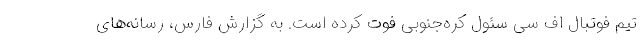
تیم فوتبال اف سی سئول کره‌جنوبی فوت کرده است. به گزارش فارس، رسانه‌های